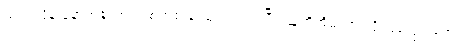
သည်လိုနဲ့ နောက်တော့ တစတစ ခင်မင်လာကြပြီး သူတို့အိမ်သားလို ဖြစ်သွားရော။